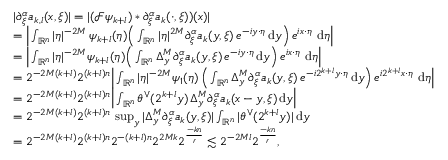
\begin{array} { r l } & { | \partial _ { \xi } ^ { \alpha } a _ { k , l } ( x , \xi ) | = | ( \mathcal { F } \psi _ { k + l } ) * \partial _ { \xi } ^ { \alpha } a _ { k } ( \cdot , \xi ) ) ( x ) | } \\ & { = \Big | \int _ { \mathbb { R } ^ { n } } | \eta | ^ { - 2 M } \, \psi _ { k + l } ( \eta ) \Big ( \int _ { \mathbb { R } ^ { n } } | \eta | ^ { 2 M } \partial _ { \xi } ^ { \alpha } a _ { k } ( y , \xi ) \, e ^ { - i y \cdot \eta } \, \mathrm { d } y \Big ) \, e ^ { i x \cdot \eta } \, \, \mathrm { d } \eta \Big | } \\ & { = \Big | \int _ { \mathbb { R } ^ { n } } | \eta | ^ { - 2 M } \psi _ { k + l } ( \eta ) \Big ( \int _ { \mathbb { R } ^ { n } } \Delta _ { y } ^ { M } \partial _ { \xi } ^ { \alpha } a _ { k } ( y , \xi ) \, e ^ { - i y \cdot \eta } \, \mathrm { d } y \Big ) \, e ^ { i x \cdot \eta } \, \, \mathrm { d } \eta \Big | } \\ & { = 2 ^ { - 2 M ( k + l ) } 2 ^ { ( k + l ) n } \Big | \int _ { \mathbb { R } ^ { n } } | \eta | ^ { - 2 M } \psi _ { 1 } ( \eta ) \, \Big ( \int _ { \mathbb { R } ^ { n } } \Delta _ { y } ^ { M } \partial _ { \xi } ^ { \alpha } a _ { k } ( y , \xi ) \, e ^ { - i 2 ^ { k + l } y \cdot \eta } \, \mathrm { d } y \Big ) \, e ^ { i 2 ^ { k + l } x \cdot \eta } \, \, \mathrm { d } \eta \Big | } \\ & { = 2 ^ { - 2 M ( k + l ) } 2 ^ { ( k + l ) n } \Big | \int _ { \mathbb { R } ^ { n } } \theta ^ { \vee } ( 2 ^ { k + l } y ) \, \Delta _ { y } ^ { M } \partial _ { \xi } ^ { \alpha } a _ { k } ( x - y , \xi ) \, \mathrm { d } y \Big | } \\ & { = 2 ^ { - 2 M ( k + l ) } 2 ^ { ( k + l ) n } \, \operatorname* { s u p } _ { y } | \Delta _ { y } ^ { M } \partial _ { \xi } ^ { \alpha } a _ { k } ( y , \xi ) | \int _ { \mathbb { R } ^ { n } } | \theta ^ { \vee } ( 2 ^ { k + l } y ) | \, \mathrm { d } y } \\ & { = 2 ^ { - 2 M ( k + l ) } 2 ^ { ( k + l ) n } 2 ^ { - ( k + l ) n } 2 ^ { 2 M k } 2 ^ { \frac { - k n } { r } } \lesssim 2 ^ { - 2 M l } 2 ^ { \frac { - k n } { r } } , } \end{array}